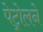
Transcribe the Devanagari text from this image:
पेट्रोलने